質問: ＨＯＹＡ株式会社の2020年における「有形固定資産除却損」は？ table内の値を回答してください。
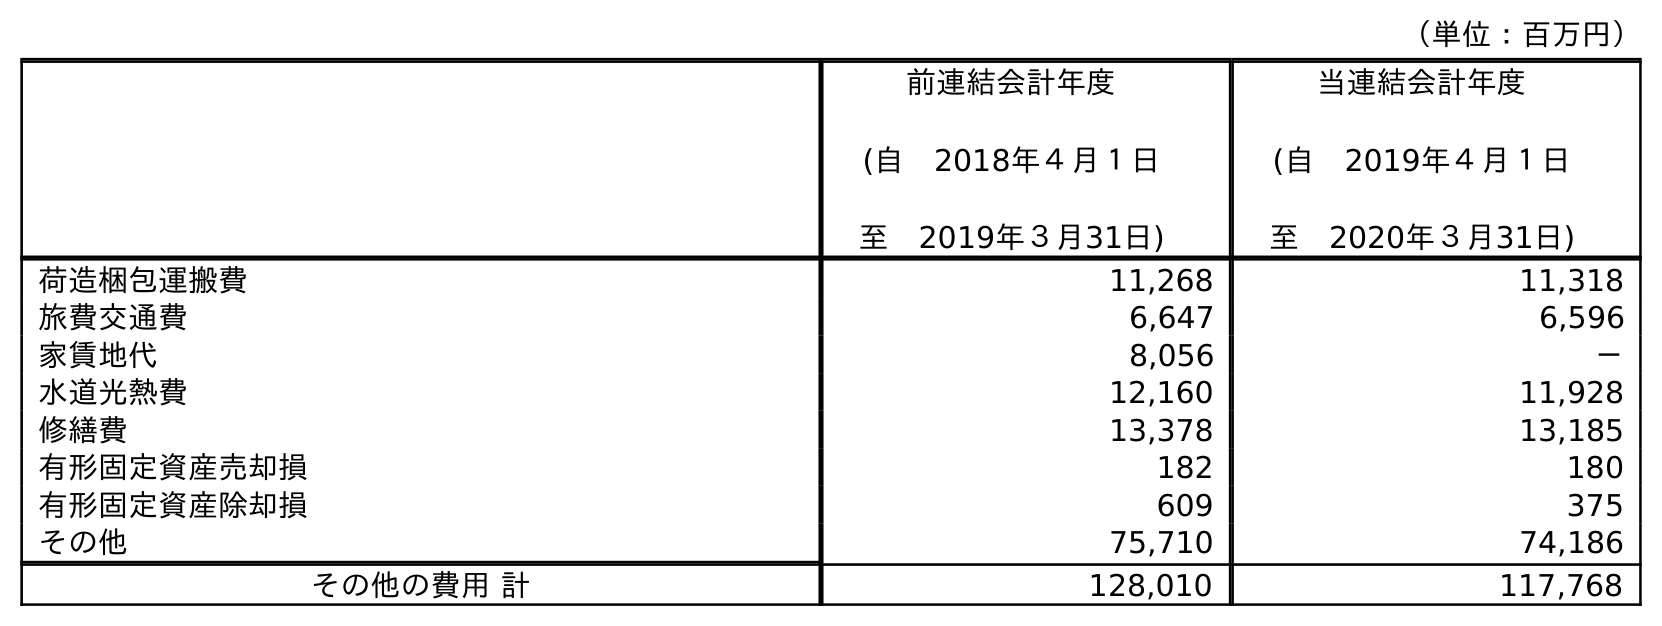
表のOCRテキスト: （単位：百万円） 前連結会計年度 (自 2018年４月１日 至 2019年３月31日) 当連結会計年度 (自 2019年４月１日 至 2020年３月31日) 荷造梱包運搬費 11,268 11,318 旅費交通費 6,647 6,596 家賃地代 8,056 － 水道光熱費 12,160 11,928 修繕費 13,378 13,185 有形固定資産売却損 182 180 有形固定資産除却損 609 375 その他 75,710 74,186 その他の費用 計 128,010 117,768
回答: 375